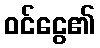
ဝင်ငွေ၏